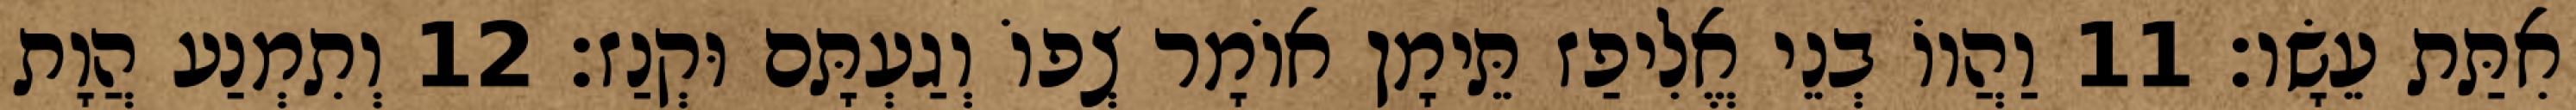
אִתַּת עֵשָׂו׃ 11 וַהֲווֹ בְנֵי אֱלִיפַז תֵּימָן אוֹמָר צְפוֹ וְגַעְתָּם וּקְנַז׃ 12 וְתִמְנַע הֲוָת